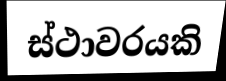
ස්ථාවරයකි